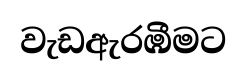
වැඩඇරඹීමට